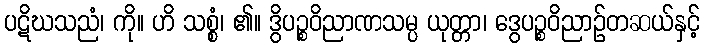
ပဋိဃသညံ၊ ကို။ ဟိ သစ္စံ၊ ၏။ ဒွိပဉ္စဝိညာဏသမ္ပ ယုတ္တာ၊ ဒွေပဉ္စဝိညာဉ်တဆယ်နှင့်